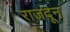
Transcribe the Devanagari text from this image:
राजदून